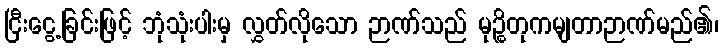
ငြီးငွေ့ခြင်းဖြင့် ဘုံသုံးပါးမှ လွှတ်လိုသော ဉာဏ်သည် မုဉ္စိတုကမျတာဉာဏ်မည်၏၊